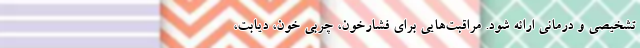
تشخیصی و درمانی ارائه شود. مراقبت‌هایی برای فشارخون، چربی خون، دیابت،